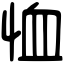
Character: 恤